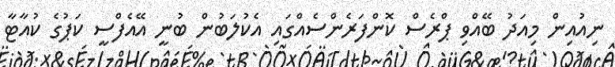
ނިއުއިން މިއަދު ބޭއްވި ޕްރެސް ކޮންފަރެންސެއްގައި އެކުލަބުން ބުނީ އޭއެފްސީ ކަޕުގެ ކުއާޓާ